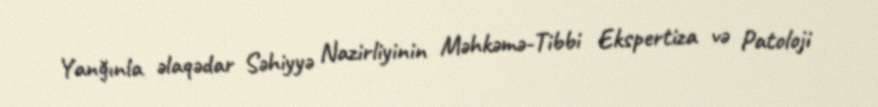
Yanğınla əlaqədar Səhiyyə Nazirliyinin Məhkəmə-Tibbi Ekspertiza və Patoloji